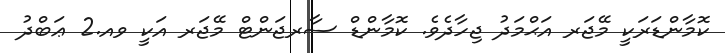
ކޮމާންޑަރަކީ މޭޖަރ އަޙްމަދު ޖިހާދެވެ. ކޮމާންޑް ސާރޖަންޓް މޭޖަރ އަކީ ވއ.2 ޢަބްދު